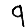
Digit: 9